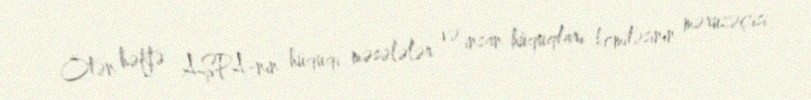
Ötən həftə AŞPA-nın hüquqi məsələlər və insan hüquqları komitəsinin məruzəçisi